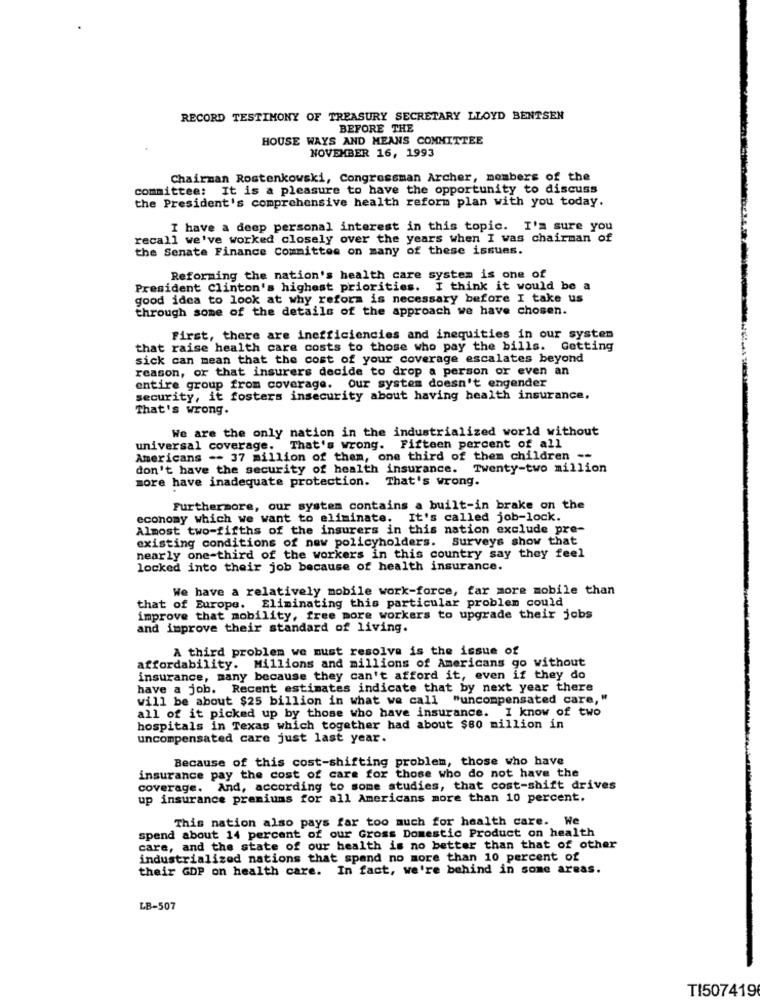
RECORD TESTIMONY OF TREASURY SECRETARY LLOYD BENTSEN
BEFORE THE
HOUSE WAYS AND MEANS COMMITTEE
NOVEMBER 16, 1993
Chairman Rostenkowski, Congressman Archer, members of the
committee: It is a pleasure to have the opportunity to discuss
the President's comprehensive health reform plan with you today.
I have a deep personal interest in this topic. I'm sure you
recall we've worked closely over the years when I was chairman of
the Senate Finance Committee on many of these issues.
Reforming the nation's health care system is one of
President Clinton's highest priorities. I think it would be a
good idea to look at why reform is necessary before I take us
through some of the details of the approach we have chosen.
First, there are inefficiencies and inequities in our system
that raise health care costs to those who pay the bills. Getting
sick can mean that the cost of your coverage escalates beyond
reason, or that insurers decide to drop a person or even an
entire group from coverage. our system doesn't engender
security, it fosters insecurity about having health insurance.
That's wrong.
We are the only nation in the industrialized world without
universal coverage.
That's wrong. Fifteen percent of all
Americans -- 37 million of them, one third of them children --
don't have the security of health insurance. Twenty-two million
more have inadequate protection. That's wrong.
Furthermore, our system contains a built-in brake on the
economy which we want to eliminate. It's called job-lock.
Almost two-fifths of the insurers in this nation exclude pre-
existing conditions of new policyholders. Surveys show that
nearly one-third of the workers in this country say they feel
locked into their job because of health insurance.
We have a relatively mobile work-force, far more mobile than
that of Europe. Eliminating this particular problem could
improve that mobility, free more workers to upgrade their jobs
and improve their standard of living.
A third problem we must resolve is the issue of
affordability. Millions and millions of Americans go without
insurance, many because they can't afford it, even if they do
have a job. Recent estimates indicate that by next year there
will be about $25 billion in what we call "uncompensated cara,"
all of it picked up by those who have insurance. I know of two
hospitals in Texas which together had about $80 million in
uncompensated care just last year.
Because of this cost-shifting problem, those who have
insurance pay the cost of care for those who do not have the
coverage. And, according to some studies, that cost-shift drives
up insurance premiums for all Americans more than 10 percent.
This nation also pays far too much for health care. We
spend about 14 percent of our Gross Domestic Product on health
care, and the state of our health is no better than that of other
industrialized nations that spand no more than 10 percent of
their GDP on health care. In fact, we're behind in some areas.
LB-507
TI507419